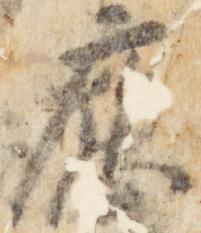
応